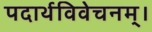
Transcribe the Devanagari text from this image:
पदार्थविवेचनम्।